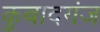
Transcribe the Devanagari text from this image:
कुबादगंज